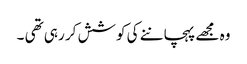
وہ مجھے پہچاننے کی کوشش کر رہی تھی ۔